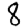
Digit: 8